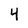
Character: 4